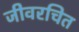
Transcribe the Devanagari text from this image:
जीवरचित